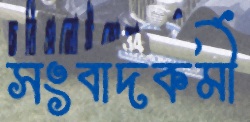
সংবাদকর্মী